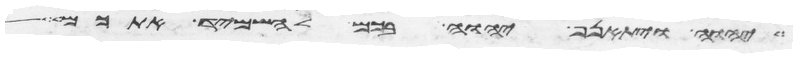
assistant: יהוה ויתאנף יהוה בכם להשמיד אתכם